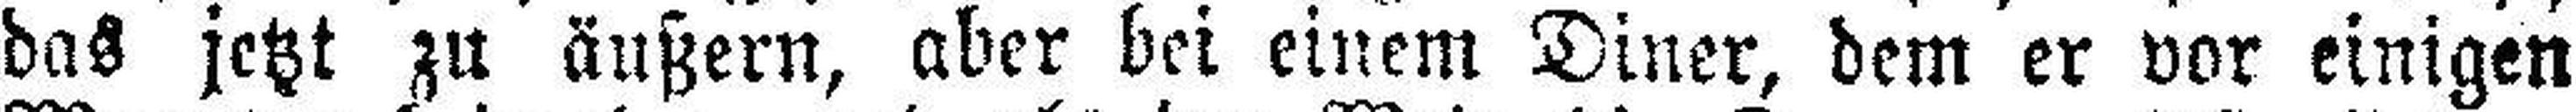
das jetzt zu äußern, aber bei einem Diner, dem er vor einigen